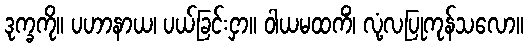
ဒုက္ခကို။ ပဟာနာယ၊ ပယ်ခြင်းငှာ။ ဝါယမထကိံ၊ လုံ့လပြုကုန်သလော။